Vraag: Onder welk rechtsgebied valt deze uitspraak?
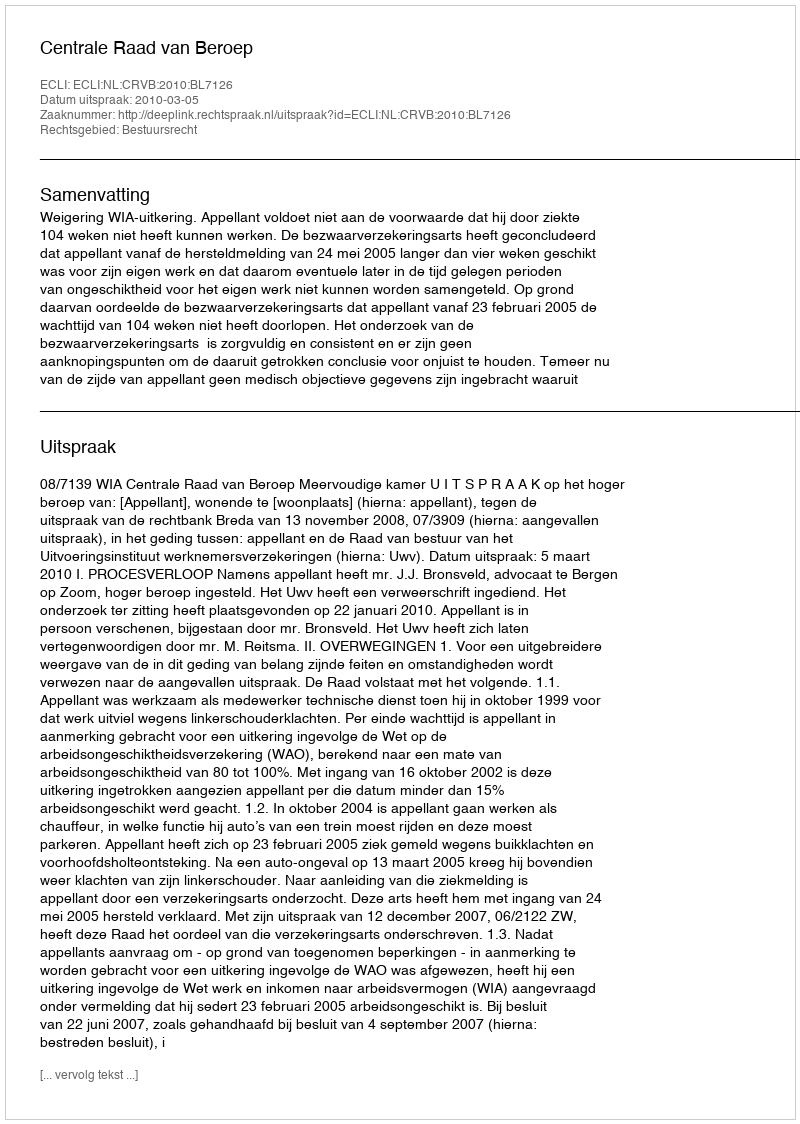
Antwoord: Bestuursrecht